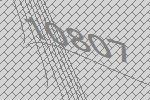
10807